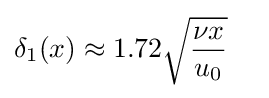
\delta _{1}(x)\approx 1.72{\sqrt {{\nu x} \over u_{0}}}\quad